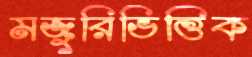
মজুরিভিত্তিক